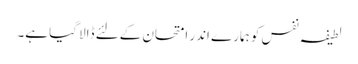
لطیفہ نفس کو ہمارے اندر امتحان کےلئے ڈالا گیا ہے۔